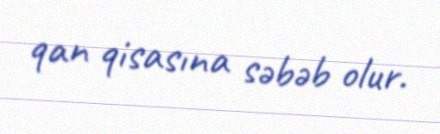
qan qisasına səbəb olur.